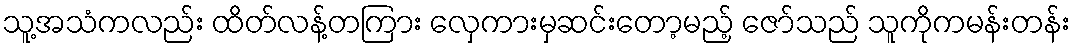
သူ့အသံကလည်း ထိတ်လန့်တကြား လှေကားမှဆင်းတော့မည့် ဇော်သည် သူကိုကမန်းတန်း